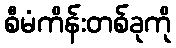
စီမံကိန်းတစ်ခုကို